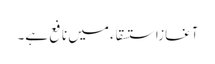
آغازاستسقاء میں نافع ہے۔